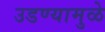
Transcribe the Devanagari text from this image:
उडण्यामुळे